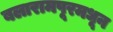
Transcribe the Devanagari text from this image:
बलारामपूरमधून